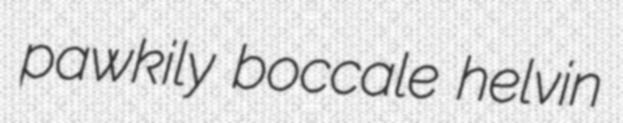
pawkily boccale helvin